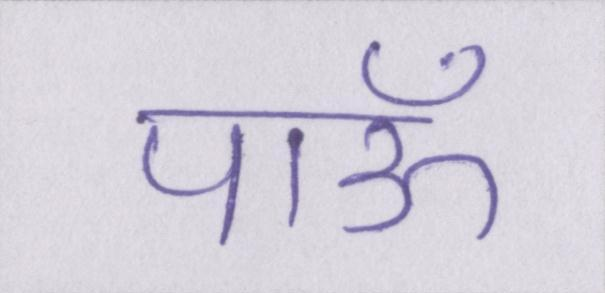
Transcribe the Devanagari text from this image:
पाऊँ